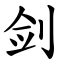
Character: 剑